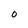
Character: O